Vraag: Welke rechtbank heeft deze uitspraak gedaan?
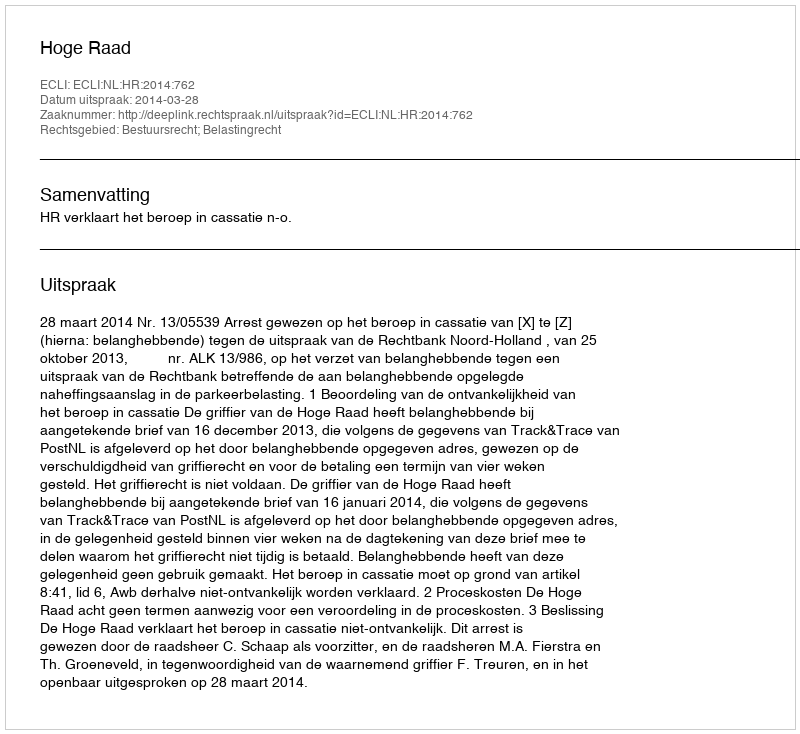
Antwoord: Hoge Raad